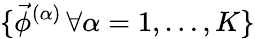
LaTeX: \{ \vec{\phi}^{(\alpha)}\, \forall\alpha=1,\ldots,K\}